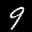
Label: 9